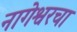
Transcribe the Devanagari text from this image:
नागेश्वरचा